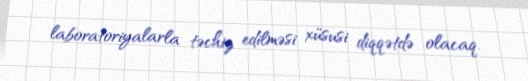
laboratoriyalarla təchiz edilməsi xüsusi diqqətdə olacaq.